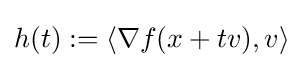
h(t):=\langle \nabla f(x+tv),v\rangle